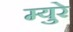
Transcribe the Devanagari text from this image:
म्‍युरे